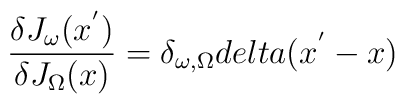
\frac{\delta J_\omega ( x^{'} )}{\delta J_\Omega (x)} = \delta_{\omega, \Omega} \\delta ( x^{'} - x )